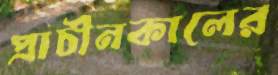
প্রাচীনকালের